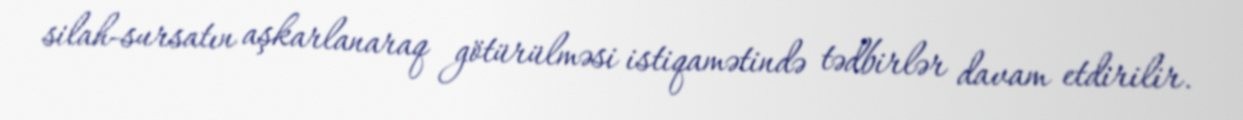
silah-sursatın aşkarlanaraq götürülməsi istiqamətində tədbirlər davam etdirilir.